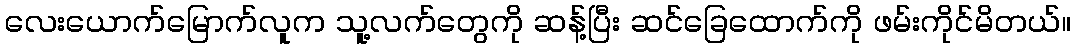
လေးယောက်မြောက်လူက သူ့လက်တွေကို ဆန့်ပြီး ဆင်ခြေထောက်ကို ဖမ်းကိုင်မိတယ်။